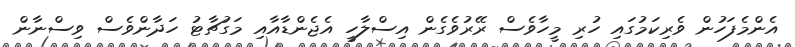
އެންމެފަހުން ވެރިކަމުގައި ހުރި މީހާވެސް ރޭރުވެގެން އިސްލާހީ އެޖެންޑާއާއި މަގުޗާޓު ހަދާންވެސް ވިސްނާން